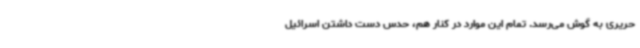
حریری به گوش می‌رسد. تمام این موارد در کنار هم، حدس دست داشتن اسرائیل